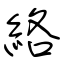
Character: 絡